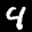
Label: 4